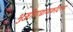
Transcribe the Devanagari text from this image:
भुञ्जीयाद्यावकौदनम्